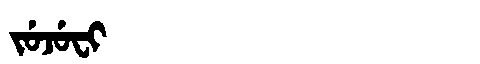
Manchu: ᠵᡠᠵᡠᠸᡳ
Romanization: JUJUFI